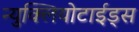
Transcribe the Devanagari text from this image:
न्युक्लियोटाईड्स